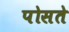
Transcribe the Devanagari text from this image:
पोसते